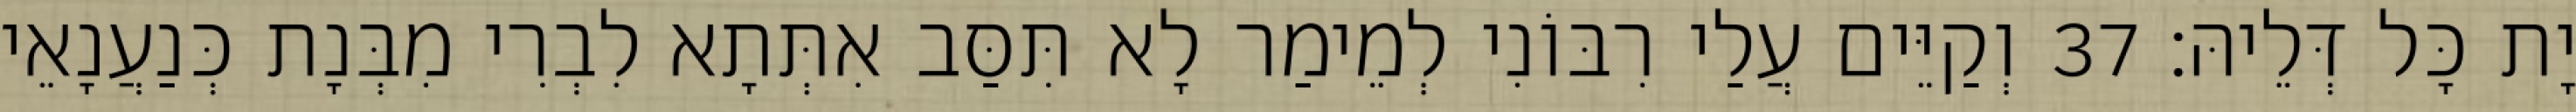
יָת כָּל דְּלֵיהּ׃ 37 וְקַיֵּים עֲלַי רִבּוֹנִי לְמֵימַר לָא תִּסַּב אִתְּתָא לִבְרִי מִבְּנָת כְּנַעֲנָאֵי